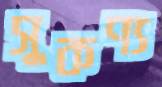
সুকণ্য